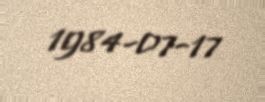
1984-07-17